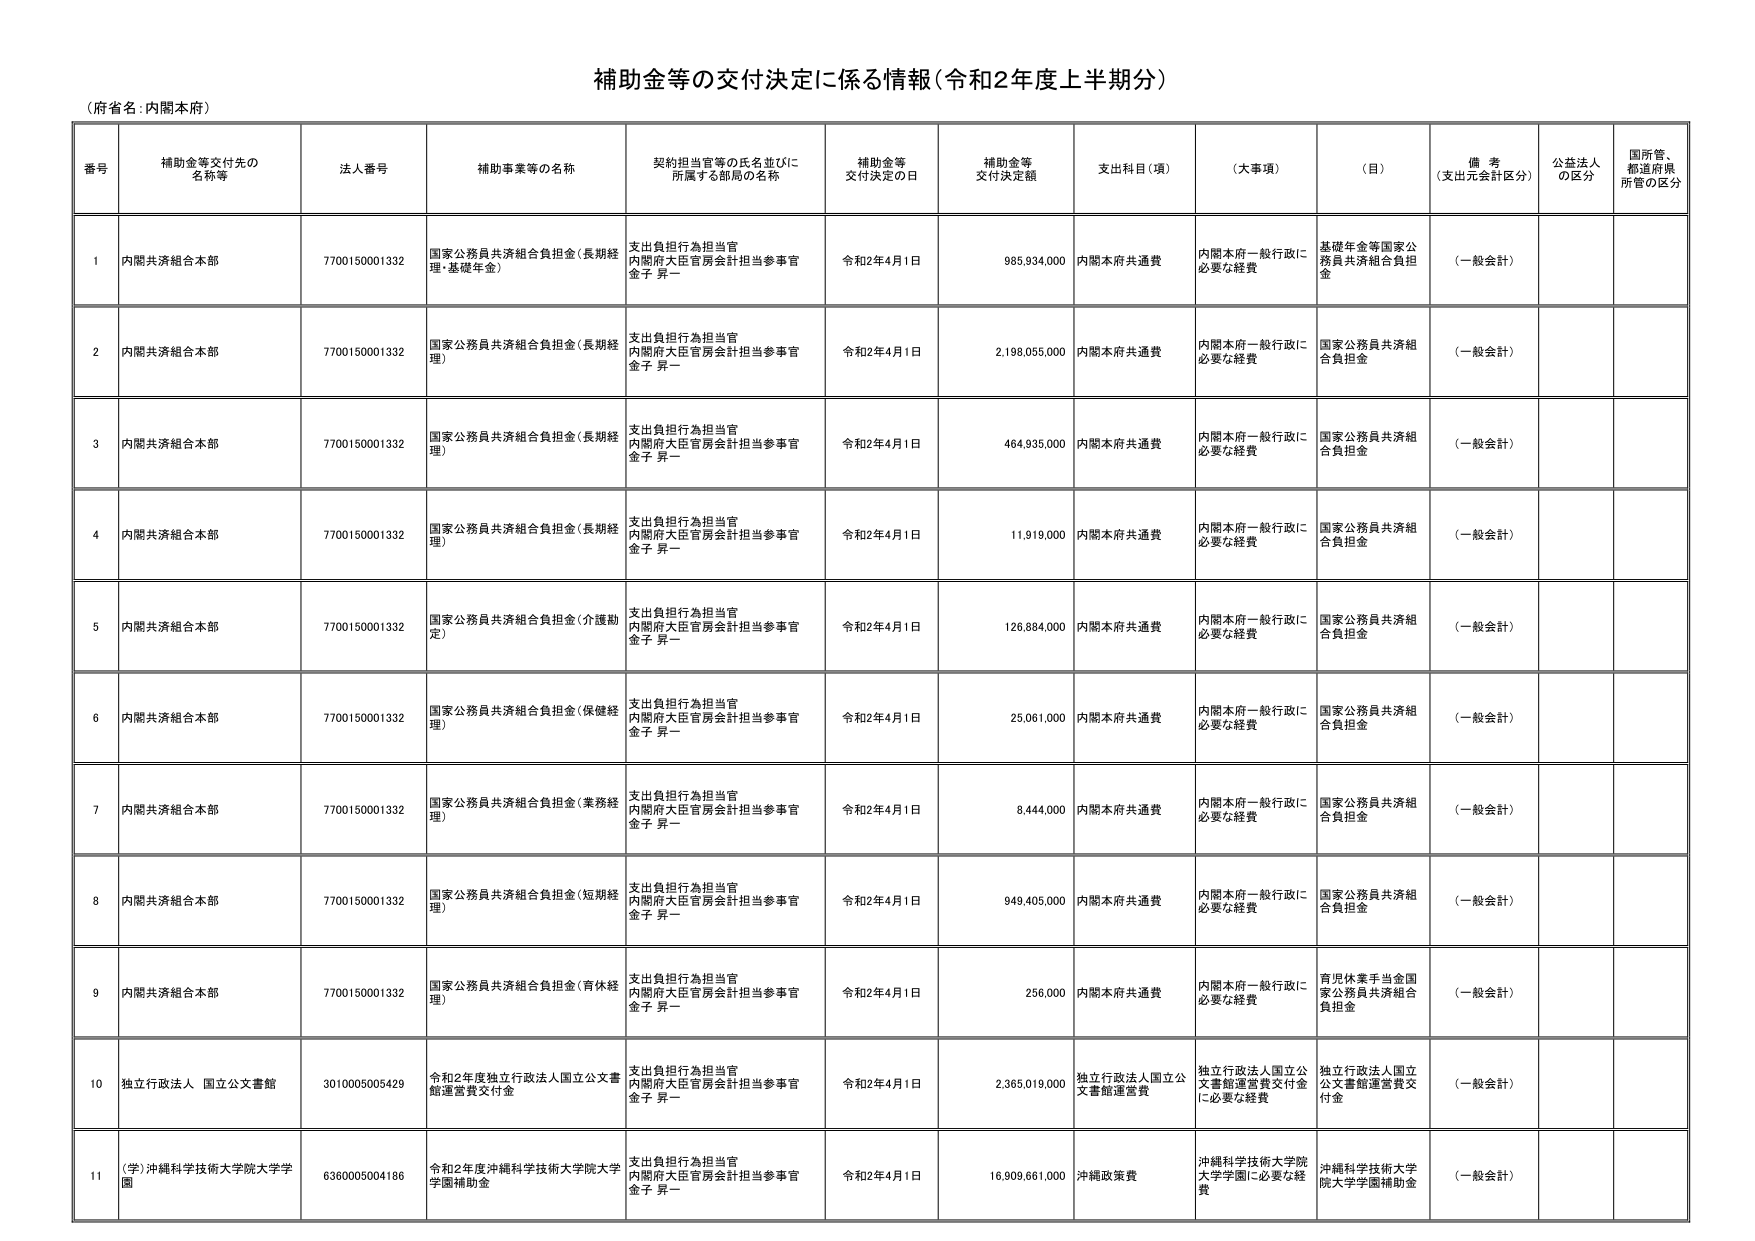
補助金等の交付決定に係る情報（令和2年度上半期分）

（府省名：内閣本府）

番号 補助金等交付先の名称等 法人番号 補助事業等の名称 契約担当官等の氏名並びに所属する部局の名称 補助金等交付決定の日 補助金等交付決定額 支出科目（項） （大事項） （目） 備考（支出元会計区分） 公益法人の区分 国所管、都道府県所管の区分

1 内閣共済組合本部 7700150001332 国家公務員共済組合負担金（長期経理・基礎年金） 支出負担行為担当官 内閣府大臣官房会計担当参事官 金子 昇一 令和2年4月1日 985,934,000 内閣本府共通費 内閣本府一般行政に必要な経費 基礎年金等国家公務員共済組合負担金 （一般会計）

2 内閣共済組合本部 7700150001332 国家公務員共済組合負担金（長期経理） 支出負担行為担当官 内閣府大臣官房会計担当参事官 金子 昇一 令和2年4月1日 2,198,055,000 内閣本府共通費 内閣本府一般行政に必要な経費 国家公務員共済組合負担金 （一般会計）

3 内閣共済組合本部 7700150001332 国家公務員共済組合負担金（長期経理） 支出負担行為担当官 内閣府大臣官房会計担当参事官 金子 昇一 令和2年4月1日 464,935,000 内閣本府共通費 内閣本府一般行政に必要な経費 国家公務員共済組合負担金 （一般会計）

4 内閣共済組合本部 7700150001332 国家公務員共済組合負担金（長期経理） 支出負担行為担当官 内閣府大臣官房会計担当参事官 金子 昇一 令和2年4月1日 11,919,000 内閣本府共通費 内閣本府一般行政に必要な経費 国家公務員共済組合負担金 （一般会計）

5 内閣共済組合本部 7700150001332 国家公務員共済組合負担金（介護助成） 支出負担行為担当官 内閣府大臣官房会計担当参事官 金子 昇一 令和2年4月1日 126,884,000 内閣本府共通費 内閣本府一般行政に必要な経費 国家公務員共済組合負担金 （一般会計）

6 内閣共済組合本部 7700150001332 国家公務員共済組合負担金（保健経理） 支出負担行為担当官 内閣府大臣官房会計担当参事官 金子 昇一 令和2年4月1日 25,061,000 内閣本府共通費 内閣本府一般行政に必要な経費 国家公務員共済組合負担金 （一般会計）

7 内閣共済組合本部 7700150001332 国家公務員共済組合負担金（業務経理） 支出負担行為担当官 内閣府大臣官房会計担当参事官 金子 昇一 令和2年4月1日 8,444,000 内閣本府共通費 内閣本府一般行政に必要な経費 国家公務員共済組合負担金 （一般会計）

8 内閣共済組合本部 7700150001332 国家公務員共済組合負担金（短期経理） 支出負担行為担当官 内閣府大臣官房会計担当参事官 金子 昇一 令和2年4月1日 949,405,000 内閣本府共通費 内閣本府一般行政に必要な経費 国家公務員共済組合負担金 （一般会計）

9 内閣共済組合本部 7700150001332 国家公務員共済組合負担金（育休経理） 支出負担行為担当官 内閣府大臣官房会計担当参事官 金子 昇一 令和2年4月1日 256,000 内閣本府共通費 内閣本府一般行政に必要な経費 育児休業手当金国家公務員共済組合負担金 （一般会計）

10 独立行政法人 国立公文書館 3010005005429 令和2年度独立行政法人国立公文書館運営費交付金 支出負担行為担当官 内閣府大臣官房会計担当参事官 金子 昇一 令和2年4月1日 2,365,019,000 独立行政法人国立公文書館運営費 独立行政法人国立公文書館運営費交付金に必要な経費 独立行政法人国立公文書館運営費交付金 （一般会計）

11 （学）沖縄科学技術大学院大学学園 6360005004186 令和2年度沖縄科学技術大学院大学学園補助金 支出負担行為担当官 内閣府大臣官房会計担当参事官 金子 昇一 令和2年4月1日 16,909,661,000 沖縄政策費 沖縄科学技術大学院大学学園に必要な経費 沖縄科学技術大学院大学学園補助金 （一般会計）